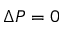
\Delta P = 0